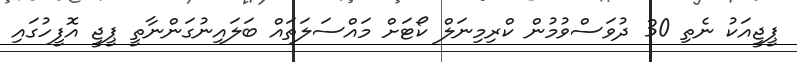
ޕީޖީއަކު ނެތި 30 ދުވަސްވުމުން ކްރިމިނަލް ކޯޓަށް މައްސަލަތައް ބަލައިނުގަންނާތީ ޕީޖީ އޮފީހުގައި